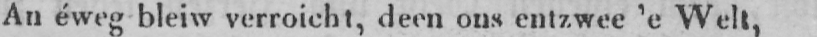
An éweg bleiw verroicht, deen ons entzwee ’e Welt,